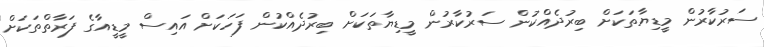
ސަރުކާރުން މީޑިޔާތަކަށް ބިރުދެއްކުން ސަރުކާރުން މީޑިޔާތަކަށް ބިރުދެއްކުން ފަހަކަށް އައިސް މީޑީއާގެ ފަރާތްތަކަށް